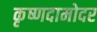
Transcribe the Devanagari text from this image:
कृष्णदामोदर